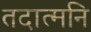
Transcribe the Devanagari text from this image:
तदात्मनि